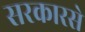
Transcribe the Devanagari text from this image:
सरकारसे